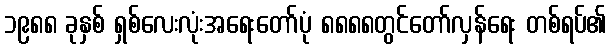
၁၉၈၈ ခုနှစ် ရှစ်လေးလုံးအရေးတော်ပုံ ၈၈၈၈တွင်တော်လှန်ရေး တစ်ရပ်၏